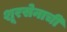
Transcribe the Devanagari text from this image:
शूरसेनाची